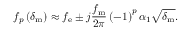
f _ { p } \left( \delta _ { \mathrm { m } } \right) \approx f _ { \mathrm { e } } \pm j \frac { f _ { \mathrm { m } } } { 2 \pi } \left( - 1 \right) ^ { p } \alpha _ { 1 } \sqrt { \delta _ { \mathrm { m } } } .